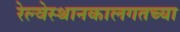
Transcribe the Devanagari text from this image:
रेल्वेस्थानकालगतच्या